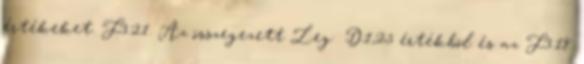
értékeket. F3.21. Az összegezett Leg D1,25 értékbõl és az F3.18.